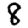
Digit: 8